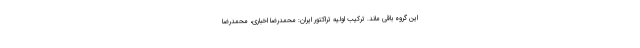
این گروه باقی ماند. ترکیب اولیه تراکتور ایران: محمدرضا اخباری، محمدرضا